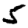
Digit: 5